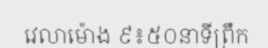
វេលាម៉ោង ៩៖៥០នាទីព្រឹក